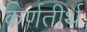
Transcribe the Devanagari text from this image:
कर्णतीर्थ